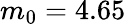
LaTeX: m_{0}=4.65